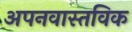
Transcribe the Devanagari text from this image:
अपनवास्तविक